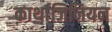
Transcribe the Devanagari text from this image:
कार्थाजिनियन